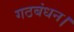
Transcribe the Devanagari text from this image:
गठबंधन।